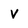
Character: V